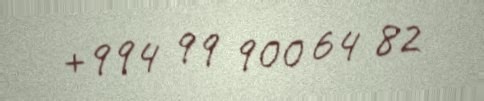
+994 99 900 64 82